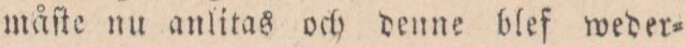
måſte nu anlitas och denne blef weder=